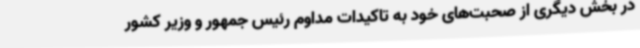
در بخش دیگری از صحبت‌های خود به تاکیدات مداوم رئیس جمهور و وزیر کشور